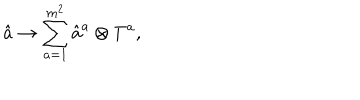
\hat { a } \rightarrow \sum _ { a = 1 } ^ { m ^ { 2 } } \hat { a } ^ { a } \otimes T ^ { a } ,